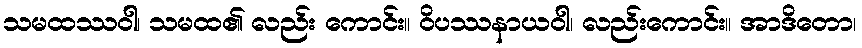
သမထဿဝါ၊ သမထ၏ လည်း ကောင်း။ ဝိပဿနာယဝါ၊ လည်းကောင်း။ အာဒိတော၊